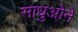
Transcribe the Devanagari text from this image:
साधुओने